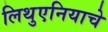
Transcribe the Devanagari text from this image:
लिथुएनियाचे